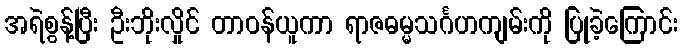
အရဲစွန့်ပြီး ဦးဘိုးလှိုင် တာဝန်ယူကာ ရာဇဓမ္မသင်္ဂဟကျမ်းကို ပြုခဲ့ကြောင်း